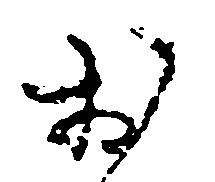
お